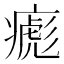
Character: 𤹼